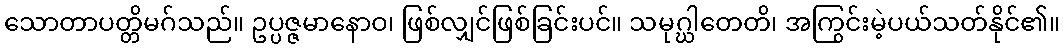
သောတာပတ္တိမဂ်သည်။ ဥပ္ပဇ္ဇမာနောဝ၊ ဖြစ်လျှင်ဖြစ်ခြင်းပင်။ သမုဂ္ဃါတေတိ၊ အကြွင်းမဲ့ပယ်သတ်နိုင်၏။